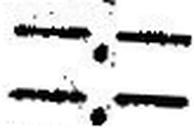
—.—